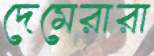
দেমেরারা